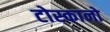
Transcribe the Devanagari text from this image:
टोस्कानो